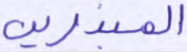
المبذرين